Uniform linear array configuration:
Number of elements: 64
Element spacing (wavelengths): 1
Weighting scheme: cosine
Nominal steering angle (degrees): -45
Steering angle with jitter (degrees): -44.334
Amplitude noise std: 0.05
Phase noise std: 0.05

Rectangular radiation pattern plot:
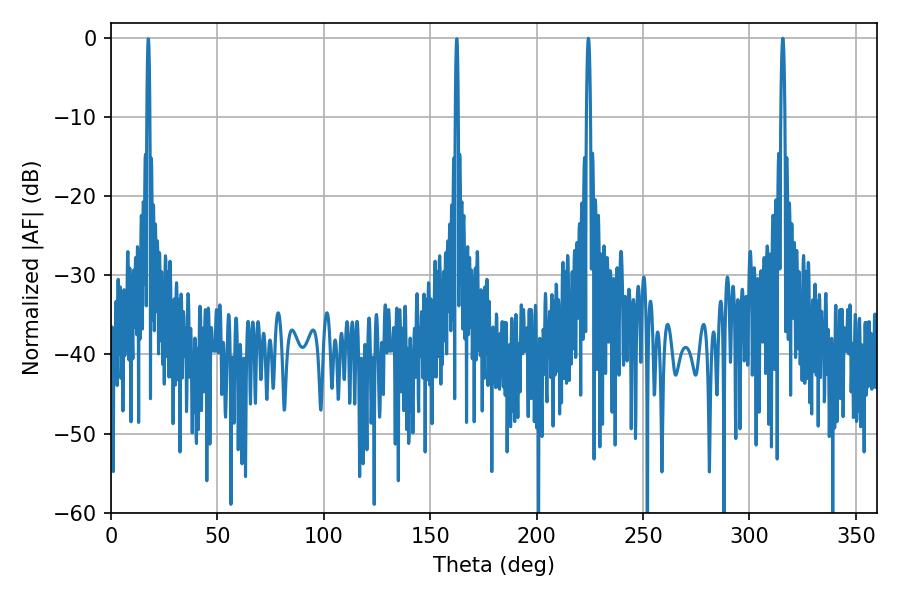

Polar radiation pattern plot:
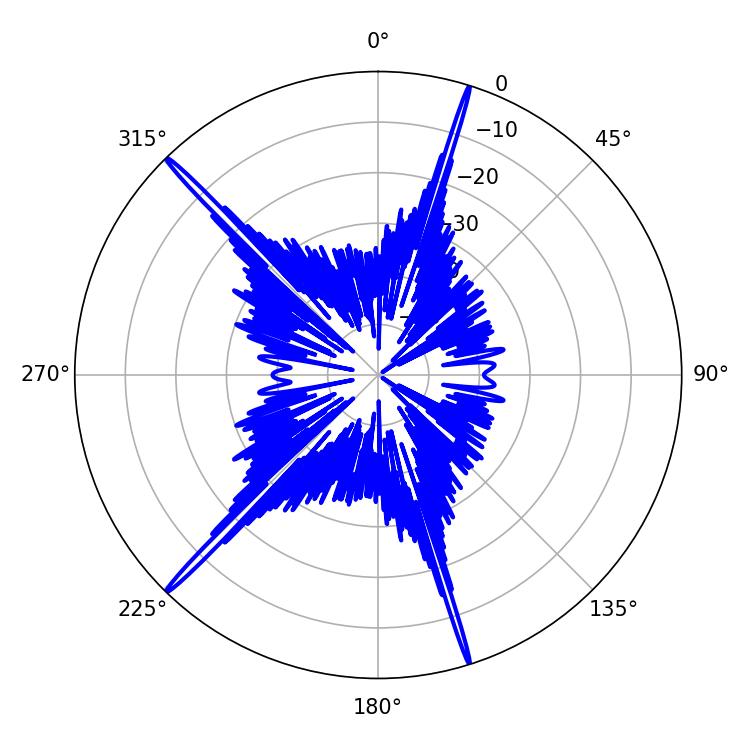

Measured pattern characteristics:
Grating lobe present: TRUE
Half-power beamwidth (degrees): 0.9
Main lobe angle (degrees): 224.28